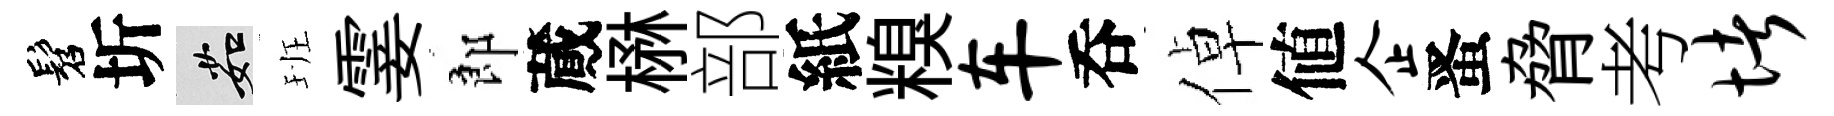
髫圻茹班霎郎蕆楙部紙糗车呑倬値企󱉠脅考堵